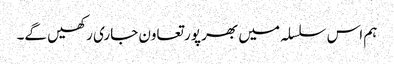
ہم اس سلسلہ میں بھر پور تعاون جاری رکھیں گے۔